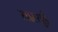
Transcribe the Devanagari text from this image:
सास्सुई